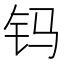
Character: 𨰾